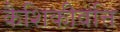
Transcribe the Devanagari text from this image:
कैशिकीवत्ति